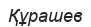
Құрашев